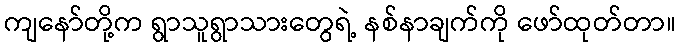
ကျနော်တို့က ရွာသူရွာသားတွေရဲ့ နစ်နာချက်ကို ဖော်ထုတ်တာ။